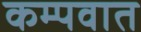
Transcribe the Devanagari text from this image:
कम्पवात